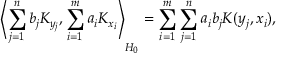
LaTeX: \left\langle \sum _ { j = 1 } ^ { n } b _ { j } K _ { y _ { j } } , \sum _ { i = 1 } ^ { m } a _ { i } K _ { x _ { i } } \right\rangle _ { H _ { 0 } } = \sum _ { i = 1 } ^ { m } \sum _ { j = 1 } ^ { n } { a _ { i } } b _ { j } K ( y _ { j } , x _ { i } ) ,